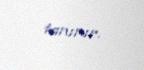
tanınır.